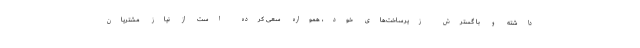
داشته و با گسترش زیرساخت‌های خود، همواره سعی کرده است از نیاز مشتریان